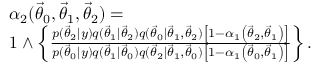
\begin{array} { r l } & { \alpha _ { 2 } ( \ensuremath { \vec { \theta } } _ { 0 } , \ensuremath { \vec { \theta } } _ { 1 } , \ensuremath { \vec { \theta } } _ { 2 } ) = } \\ & { 1 \wedge \left\{ \frac { p ( \ensuremath { \vec { \theta } } _ { 2 } | y ) q ( \ensuremath { \vec { \theta } } _ { 1 } | \ensuremath { \vec { \theta } } _ { 2 } ) q ( \ensuremath { \vec { \theta } } _ { 0 } | \ensuremath { \vec { \theta } } _ { 1 } , \ensuremath { \vec { \theta } } _ { 2 } ) \left[ 1 - \alpha _ { 1 } \left( \ensuremath { \vec { \theta } } _ { 2 } , \ensuremath { \vec { \theta } } _ { 1 } \right) \right] } { p ( \ensuremath { \vec { \theta } } _ { 0 } | y ) q ( \ensuremath { \vec { \theta } } _ { 1 } | \ensuremath { \vec { \theta } } _ { 0 } ) q ( \ensuremath { \vec { \theta } } _ { 2 } | \ensuremath { \vec { \theta } } _ { 1 } , \ensuremath { \vec { \theta } } _ { 0 } ) \left[ 1 - \alpha _ { 1 } \left( \ensuremath { \vec { \theta } } _ { 0 } , \ensuremath { \vec { \theta } } _ { 1 } \right) \right] } \right\} . } \end{array}